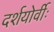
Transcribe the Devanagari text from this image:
दर्शयोर्वीः